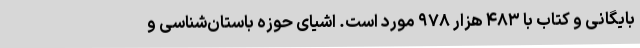
بایگانی و کتاب با ۴۸۳ هزار ۹۷۸ مورد است. اشیای حوزه باستان‌شناسی و